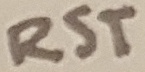
Text: RST